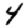
Digit: 4